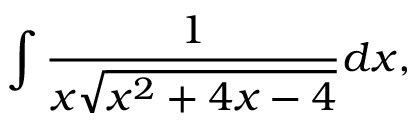
\int { \frac { 1 } { x { \sqrt { x ^ { 2 } + 4 x - 4 } } } } d x ,